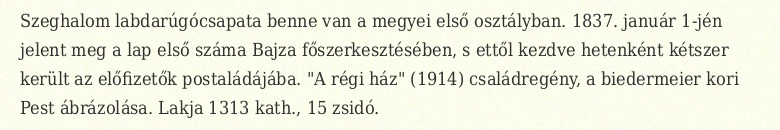
Szeghalom labdarúgócsapata benne van a megyei első osztályban. 1837. január 1-jén jelent meg a lap első száma Bajza főszerkesztésében, s ettől kezdve hetenként kétszer került az előfizetők postaládájába. "A régi ház" (1914) családregény, a biedermeier kori Pest ábrázolása. Lakja 1313 kath., 15 zsidó.